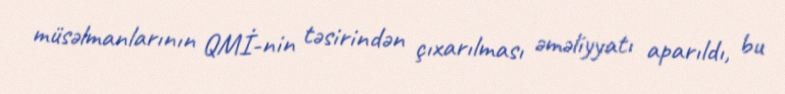
müsəlmanlarının QMİ-nin təsirindən çıxarılması əməliyyatı aparıldı, bu